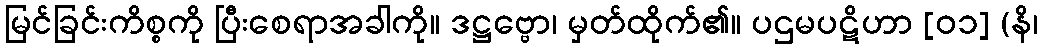
မြင်ခြင်းကိစ္စကို ပြီးစေရာအခါကို။ ဒဋ္ဌဗ္ဗော၊ မှတ်ထိုက်၏။ ပဌမပဋိဟာ [၀၁] (နိ၊